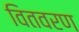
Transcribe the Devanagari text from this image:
वितवरण